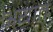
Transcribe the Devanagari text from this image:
अयात